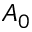
A _ { 0 }